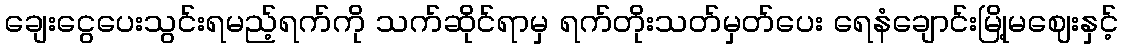
ချေးငွေပေးသွင်းရမည့်ရက်ကို သက်ဆိုင်ရာမှ ရက်တိုးသတ်မှတ်ပေး ရေနံချောင်းမြို့မဈေးနှင့်